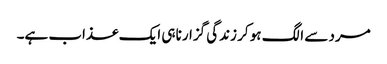
مرد سے الگ ہو کر زندگی گزارنا ہی ایک عذاب ہے۔